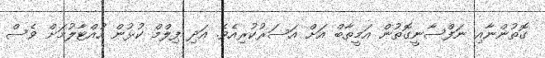
ގޮތުންނާއި ނަފްސާނީގޮތުން އަމީތާބް އަށް އަސަރުކުރިއެވެ. އަދި ފިލްމް ކުޅުން ހުއްޓާލުމަށް ވެސް